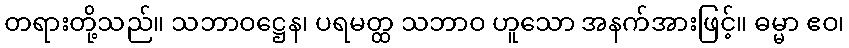
တရားတို့သည်။ သဘာဝဋ္ဌေန၊ ပရမတ္ထ သဘာဝ ဟူသော အနက်အားဖြင့်။ ဓမ္မာ ဧဝ၊